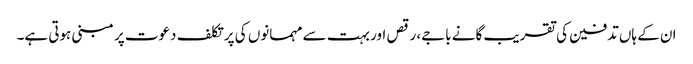
ان کے ہاں تدفین کی تقریب گانے باجے، رقص اور بہت سے مہمانوں کی پرتکلف دعوت پر مبنی ہوتی ہے۔